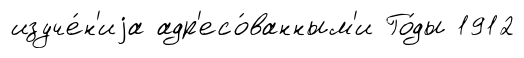
изуче́н'иjа адр'есо́ванным'и Го́ды 1912